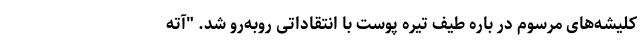
کلیشه‌‌های مرسوم در باره طیف تیره پوست با انتقاداتی روبه‌رو شد. "آته